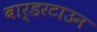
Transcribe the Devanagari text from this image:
बार्डरटाउन